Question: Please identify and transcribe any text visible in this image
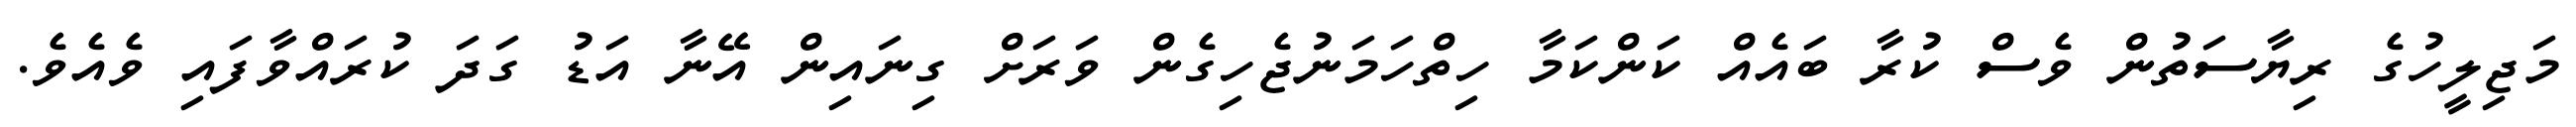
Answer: މަޖިލީހުގެ ރިޔާސަތުން ވެސް ކުރާ ބައެއް ކަންކަމާ ހިތްހަމަނުޖެހިގެން ވަރަށް ގިނައިން އޭނާ އަޑު ގަދަ ކުރައްވާފައި ވެއެވެ.